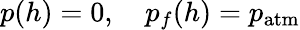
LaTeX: p(h)=0,\quad p_{f}(h)=p_{\mathrm{atm}}